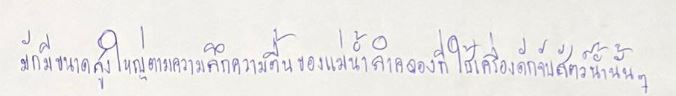
มักมีขนาดสูงใหญ่ตามความลึกความตื้นของแม่น้ำลำคลองที่ใช้เครื่องดักจับสัตว์น้ำนั้นๆ